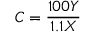
C = { \frac { 1 0 0 Y } { 1 . 1 X } }